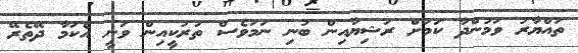
ތައްޔާރު ވަމުންދާ ކަމަށް ރަޝިޔާއިން ބުނި ނަމަވެސް ތުރުކީއިން ވަނީ އެކަމާ ދޭތެރޭ